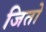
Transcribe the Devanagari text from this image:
जितो